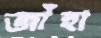
জাঁহা